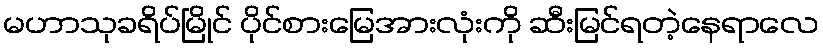
မဟာသုခရိပ်မြိုင် ပိုင်စားမြေအားလုံးကို ဆီးမြင်ရတဲ့နေရာလေ